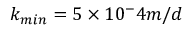
k _ { m i n } = 5 \times 1 0 ^ { - } 4 m / d